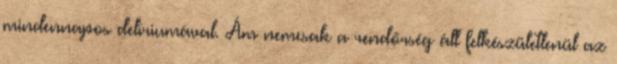
mindennapos delíriumával. Ám nemcsak a rendőrség áll felkészületlenül az